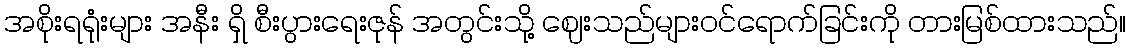
အစိုးရရုံးများ အနီး ရှိ စီးပွားရေးဇုန် အတွင်းသို့ ဈေးသည်များဝင်ရောက်ခြင်းကို တားမြစ်ထားသည်။